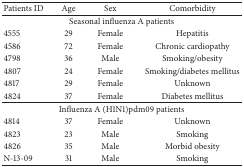
| Patients ID | Age | Sex | Comorbidity |
 | --- | --- | --- | --- |
 | <COLSPAN=4> Seasonal influenza A patients |
 | 4555 | 29 | Female | Hepatitis |
 | 4586 | 72 | Female | Chronic cardiopathy |
 | 4798 | 36 | Male | Smoking/obesity |
 | 4807 | 24 | Female | Smoking/diabetes mellitus |
 | 4817 | 29 | Female | Unknown |
 | 4824 | 37 | Female | Diabetes mellitus |
 | <COLSPAN=4> Influenza A (H1N1)pdm09 patients |
 | 4814 | 37 | Female | Unknown |
 | 4823 | 23 | Male | Smoking |
 | 4826 | 35 | Male | Morbid obesity |
 | N-13-09 | 31 | Male | Smoking |